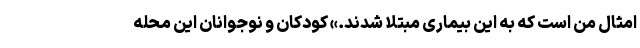
امثال من است که به این بیماری مبتلا شدند.» کودکان و نوجوانان این محله